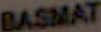
BASMAT